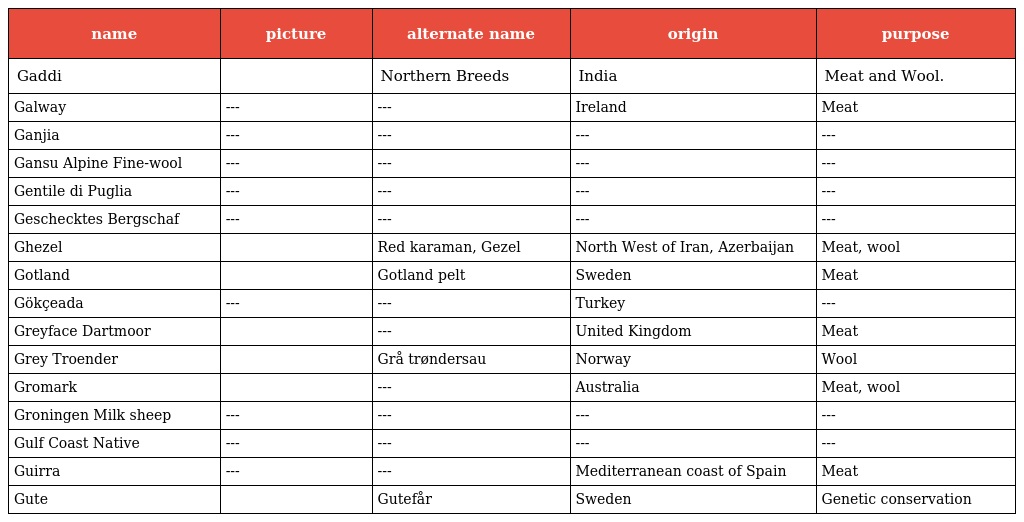
| name | picture | alternate name | origin | purpose |
 | --- | --- | --- | --- | --- |
 | Gaddi |  | Northern Breeds | India | Meat and Wool. |
 | Galway | --- | --- | Ireland | Meat |
 | Ganjia | --- | --- | --- | --- |
 | Gansu Alpine Fine-wool | --- | --- | --- | --- |
 | Gentile di Puglia | --- | --- | --- | --- |
 | Geschecktes Bergschaf | --- | --- | --- | --- |
 | Ghezel |  | Red karaman, Gezel | North West of Iran, Azerbaijan | Meat, wool |
 | Gotland |  | Gotland pelt | Sweden | Meat |
 | Gökçeada | --- | --- | Turkey | --- |
 | Greyface Dartmoor |  | --- | United Kingdom | Meat |
 | Grey Troender |  | Grå trøndersau | Norway | Wool |
 | Gromark |  | --- | Australia | Meat, wool |
 | Groningen Milk sheep | --- | --- | --- | --- |
 | Gulf Coast Native | --- | --- | --- | --- |
 | Guirra | --- | --- | Mediterranean coast of Spain | Meat |
 | Gute |  | Gutefår | Sweden | Genetic conservation |